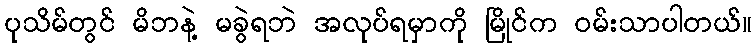
ပုသိမ်တွင် မိဘနဲ့ မခွဲရဘဲ အလုပ်ရမှာကို မြိုင်က ဝမ်းသာပါတယ်။